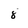
Character: 8